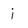
Character: j